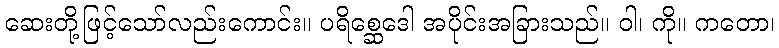
ဆေးတို့ဖြင့်သော်လည်းကောင်း။ ပရိစ္ဆေဒေါ အပိုင်းအခြားသည်။ ဝါ၊ ကို။ ကတော၊